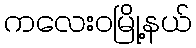
ကလေးဝမြို့နယ်